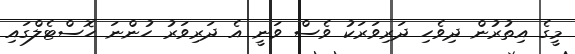
މީގެ އިތުރުން ދިވެހި ދަރިވަރަކު ވެސް ވަނީ އެ ދަރިވަރު ހުންނަ ހޮސްޓެލްގައި